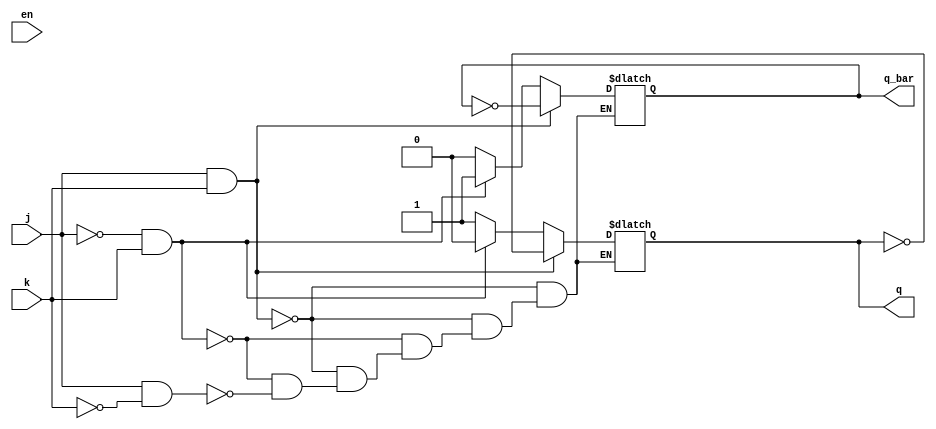
`timescale 1ns / 1ps
//////////////////////////////////////////////////////////////////////////////////
// Company: 
// Engineer: 
// 
// Design Name: 
// Module Name: jk_latch
// Project Name: 
// Target Devices: 
// Tool Versions: 
// Description: 
// 
// Dependencies: 
// 
// Revision:
// Revision 0.01 - File Created
// Additional Comments:
// 
//////////////////////////////////////////////////////////////////////////////////


module jk_latch(
j,k,en,q,q_bar
    );
    input wire j,k,en;
    output reg q,q_bar;
    always@(*)begin
    if(j&&k)begin
     q=~q;
     q_bar=~q_bar;
     end
     else if(!j&&k) begin
     q=1'b0;
     q_bar=1'b1;
     end
     else if(j&&!k)begin
     q=1'b1;
     q_bar=1'b0;
     end
     end 
     endmodule